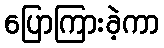
ပြောကြားခဲ့ကာ